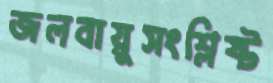
জলবায়ুসংশ্লিষ্ট